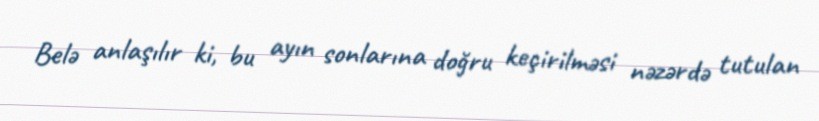
Belə anlaşılır ki, bu ayın sonlarına doğru keçirilməsi nəzərdə tutulan